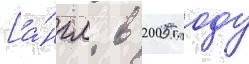
[а́нгл. в 2005 году